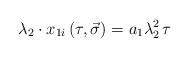
LaTeX: \begin{align*}\lambda _2\cdot x_{1i}\left( \tau ,\vec{\sigma}\right) =a_1\lambda _2^2\,\tau\end{align*}